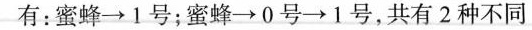
有：蜜蜂\xrightarrow1号；蜜蜂\xrightarrow 0号\xrightarrow 1号，共有2种不同